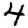
Digit: 4